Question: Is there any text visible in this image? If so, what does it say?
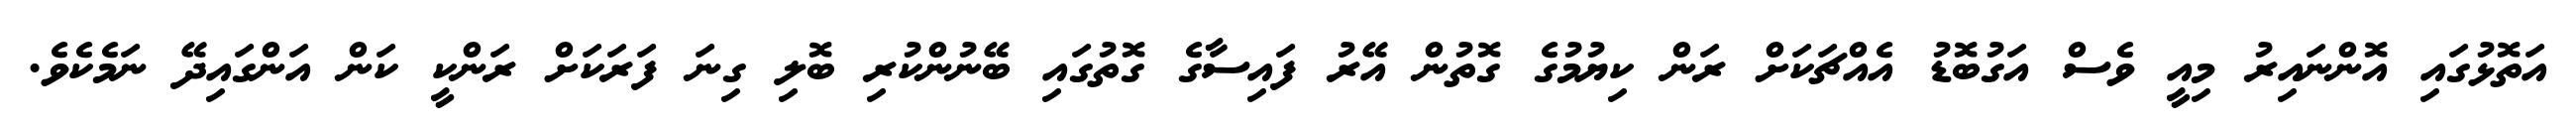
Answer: އަތޮޅުގައި އޮންނައިރު މިއީ ވެސް އަގުބޮޑު އެއްޗަކަށް ރަން ކިޔުމުގެ ގޮތުން އޭރު ފައިސާގެ ގޮތުގައި ބޭނުންކުރި ބޮލި ގިނަ ފަރަކަށް ރަންކީ ކަން އަންގައިދޭ ނަމެކެވެ.